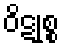
ဝိဋုစ္စ